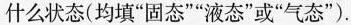
什么状态(均填”固态””液态”或”气态”).